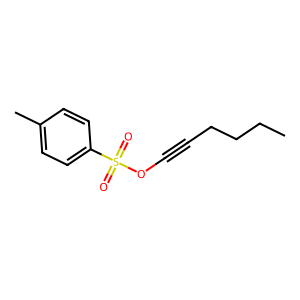
SMILES: CCCCC#COS(=O)(=O)c1ccc(C)cc1
Inhibits HIV replication: No